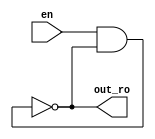
`timescale 1ns / 1ps
//////////////////////////////////////////////////////////////////////////////////
// Company: 
// Engineer: 
// 
// Design Name: 
// Module Name: RO
// Project Name: 
// Target Devices: 
// Tool Versions: 
// Description: 
// 
// Dependencies: 
// 
// Revision:
// Revision 0.01 - File Created
// Additional Comments:
// 
//////////////////////////////////////////////////////////////////////////////////
(* DONT_TOUCH = "true" *)
(* ALLOW_COMBINATORIAL_LOOPS = "true" *)
module RO(
    input en,
    output out_ro
    );
    
    //parameter NO_STAGES=3;      // No of inverter stage
    parameter INV_DELAY_ns=2;       // Delay of single inverter in ns
    
   /* wire w0,w1,w2,w3,w4,w5;
    
    and(w0, en,w5);
    not #INV_DELAY_ns(w1,w0);
    not #INV_DELAY_ns(w2,w1);
    not #INV_DELAY_ns(w3,w2);
    not #INV_DELAY_ns(w4,w3);
    not #INV_DELAY_ns(w5,w4);
    assign outclk = w5;*/
    
    //module ringOsc(outclk);
    parameter SIZE = 9; 
    //output outclk;
    wire [SIZE : 0] w;
    and #INV_DELAY_ns andGate(w[0], en,w[SIZE]);
    genvar i;
    generate
        for (i=0; i<SIZE; i=i+1) begin : notGates
            not #INV_DELAY_ns notGate(w[i+1], w[i]);
        end
    endgenerate

    assign out_ro = w[SIZE];

//endmodule
    
endmodule